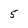
Character: 5